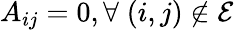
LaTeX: A_{ij}=0,\forall\; (i,j)\notin\mathcal{E}